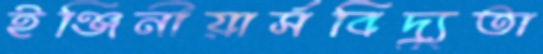
ইঞ্জিনীয়ার্সবিদ্যুতা